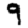
Digit: 9